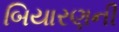
બિયારણની